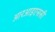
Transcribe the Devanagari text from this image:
आरआइएससी